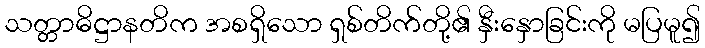
သတ္တာဓိဋ္ဌာနတိက အစရှိသော ရှစ်တိက်တို့၏ နှီးနှောခြင်းကို မပြမူ၍